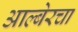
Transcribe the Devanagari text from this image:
आल्बेरचा